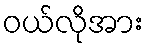
ဝယ်လိုအား